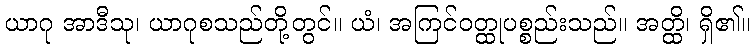
ယာဂု အာဒီသု၊ ယာဂုစသည်တို့တွင်။ ယံ၊ အကြင်ဝတ္ထုပစ္စည်းသည်။ အတ္ထိ၊ ရှိ၏။